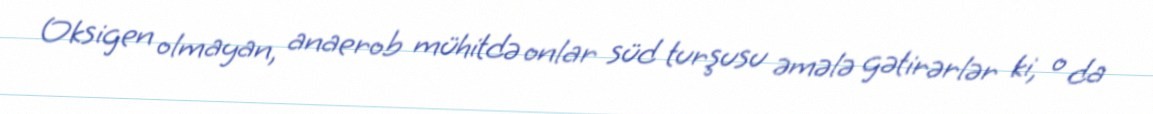
Oksigen olmayan, anaerob mühitdə onlar süd turşusu əmələ gətirərlər ki, o da